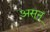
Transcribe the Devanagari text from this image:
असून्